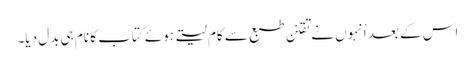
اس کے بعد اْنہوں نے تقنن طبع سے کام لیتے ہوئے کتاب کا نام ہی بدل دیا۔